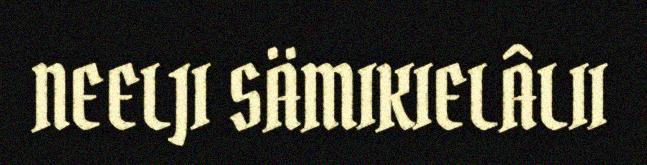
NEELJI SÄMIKIELÂLII